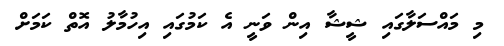
މި މައްސަލާގައި ޝީޝާ އިން ވަނީ އެ ކަމުގައި އިހުމާލު އޮތް ކަމަށް